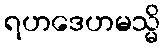
ရဟဒေဟမသ္မိ